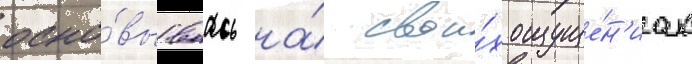
осно́вываась на́ свои́х ощуще́н'иах